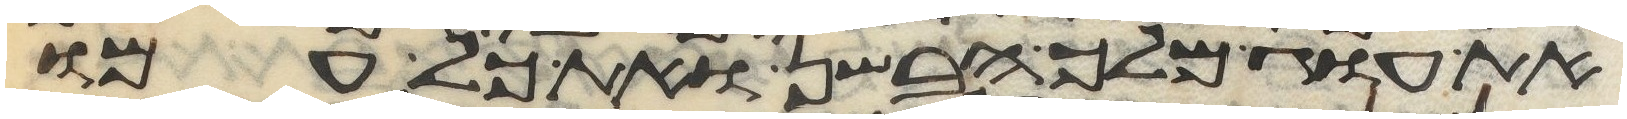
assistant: את עוג מלך הבשן ואת כל עמו